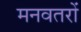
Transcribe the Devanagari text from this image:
मनवतरों